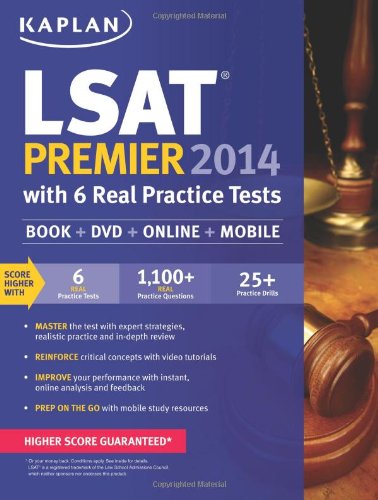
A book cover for Kaplan LSAT Premier 2014 with 6 Practice Tests: Book + Online + DVD + Mobile; Kaplan; Test Preparation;